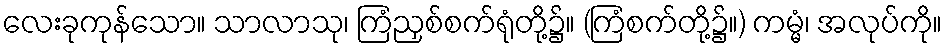
လေးခုကုန်သော။ သာလာသု၊ ကြံညှစ်စက်ရုံတို့၌။ (ကြံစက်တို့၌။) ကမ္မံ၊ အလုပ်ကို။